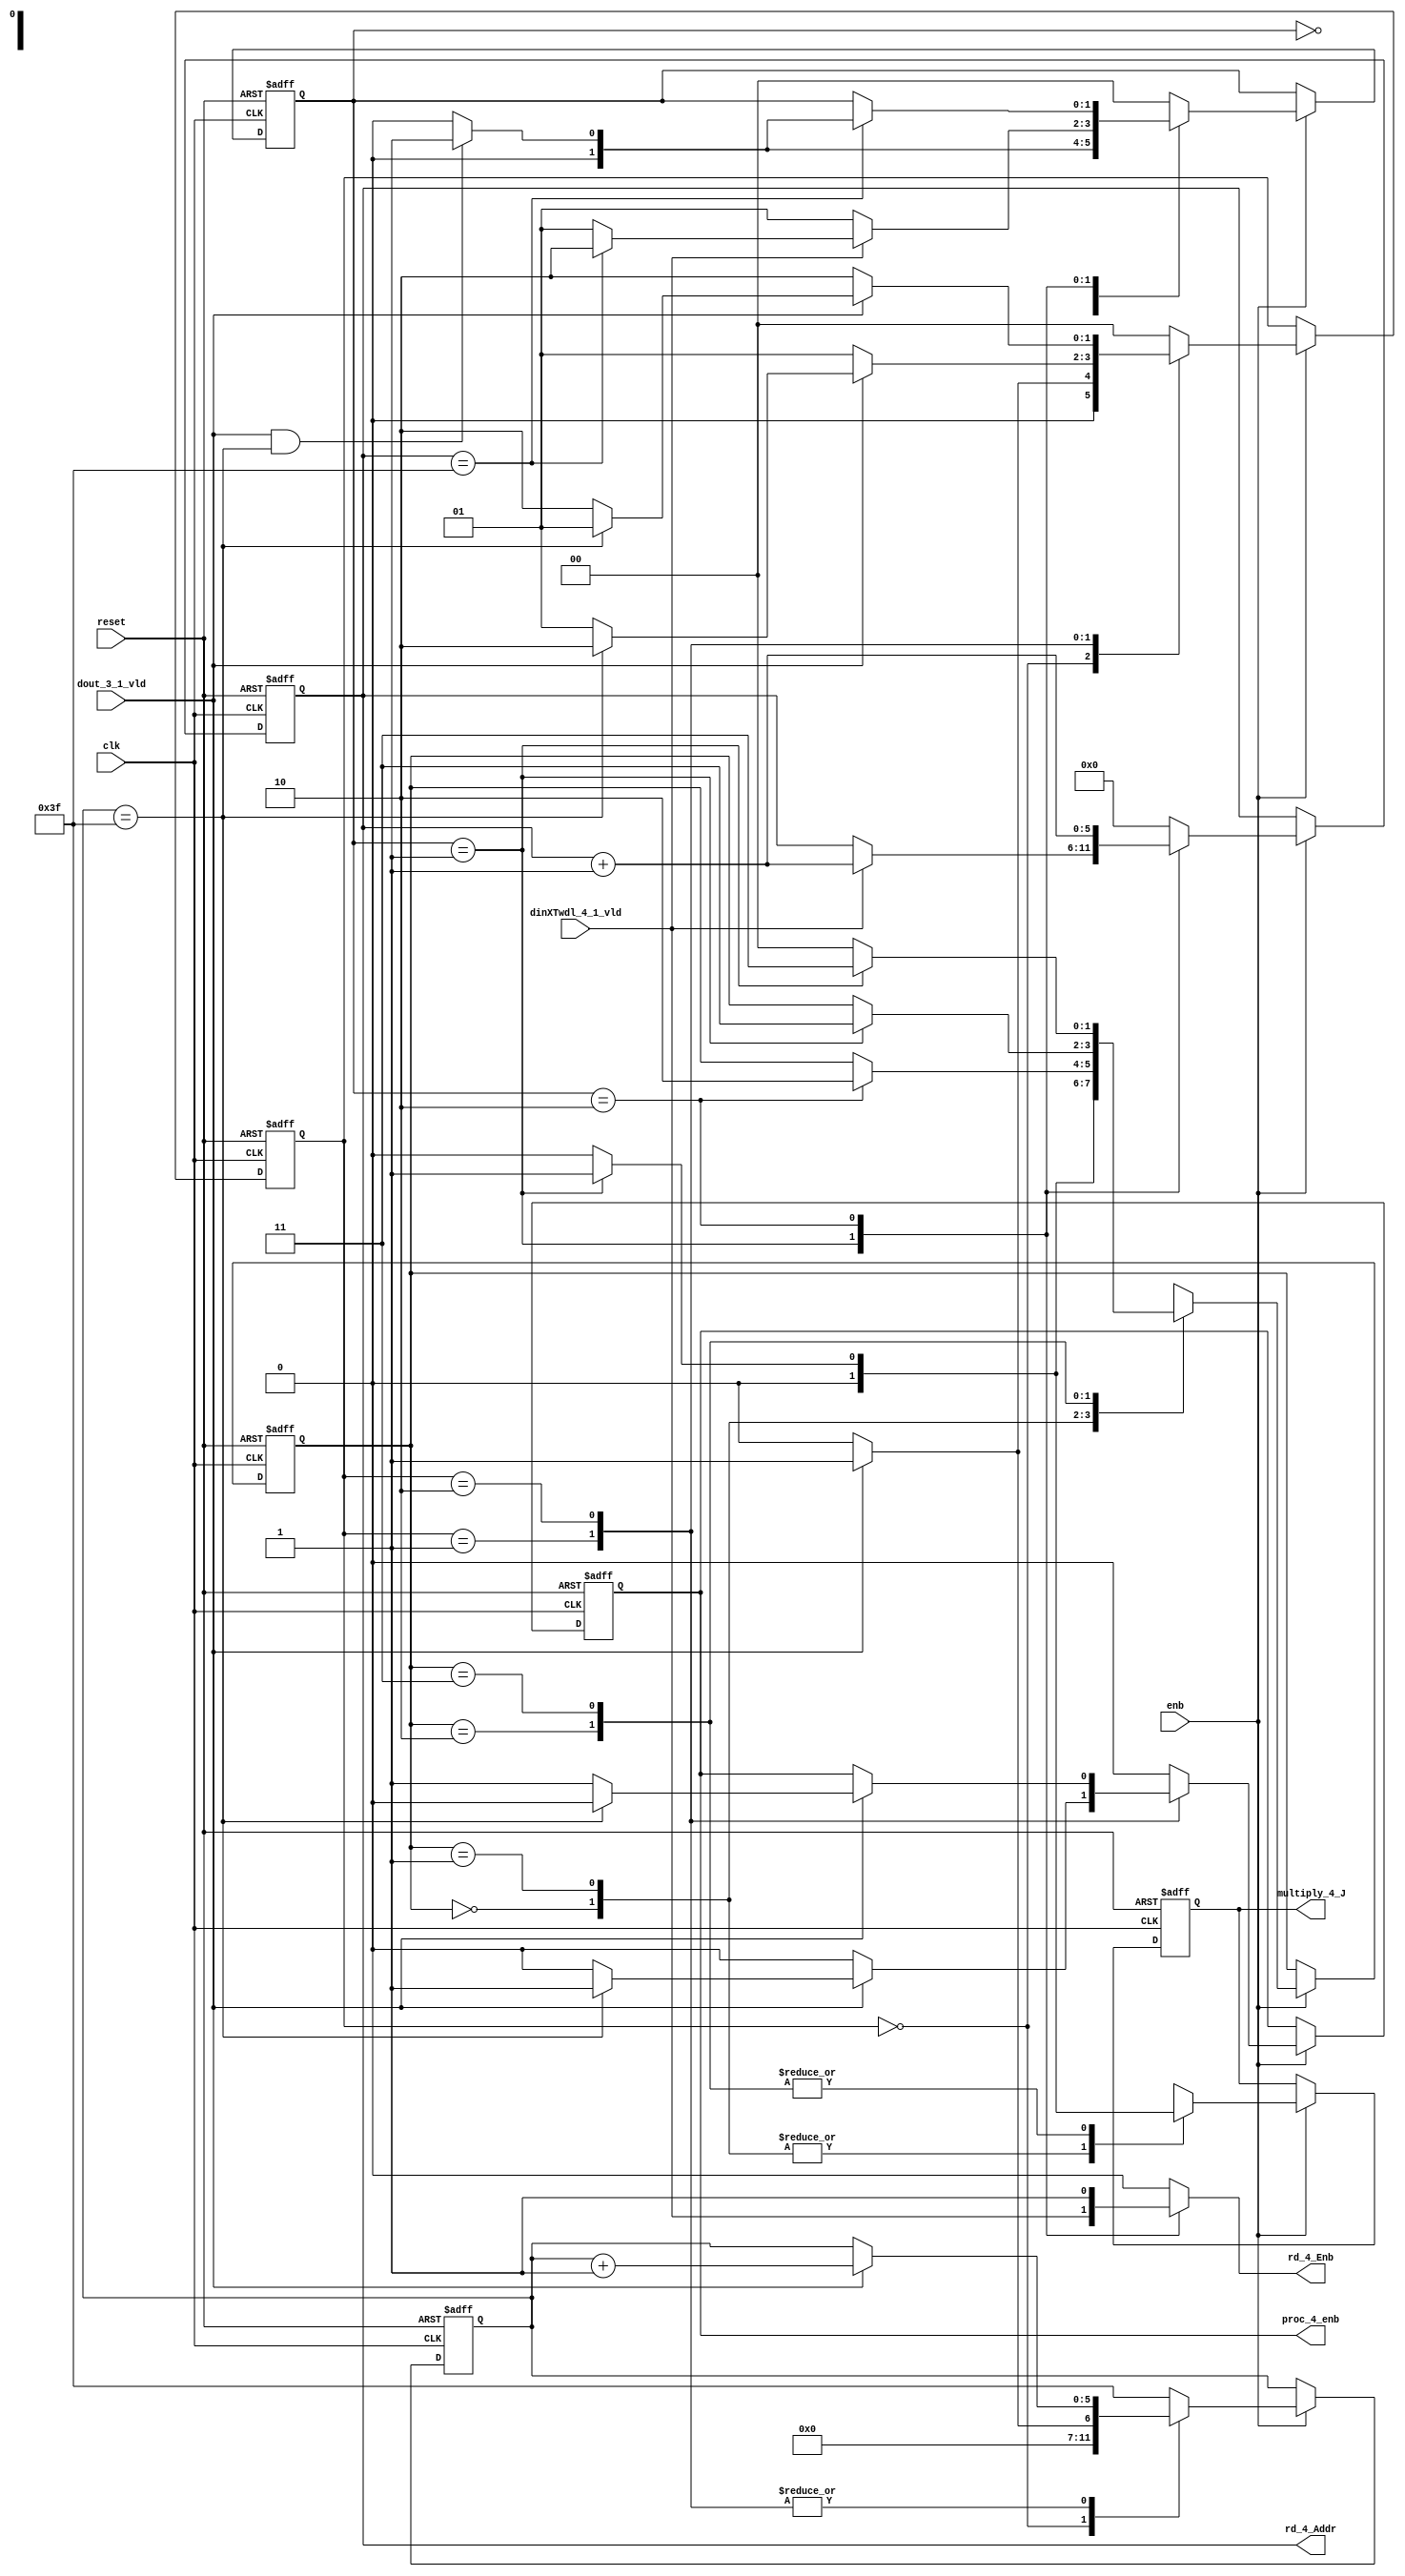
// -------------------------------------------------------------
// 
// 
// Generated by MATLAB 9.13 and HDL Coder 4.0
// 
// -------------------------------------------------------------


// -------------------------------------------------------------
// 
// Module: RADIX22FFT_CTRL1_4
// Source Path: tb_FFT/DUT/FFT/RADIX22FFT_CTRL1_4
// Hierarchy Level: 2
// 
// -------------------------------------------------------------

`timescale 1 ns / 1 ns

module RADIX22FFT_CTRL1_4
          (clk,
           reset,
           enb,
           dout_3_1_vld,
           dinXTwdl_4_1_vld,
           rd_4_Addr,
           rd_4_Enb,
           proc_4_enb,
           multiply_4_J);


  input   clk;
  input   reset;
  input   enb;
  input   dout_3_1_vld;
  input   dinXTwdl_4_1_vld;
  output  [5:0] rd_4_Addr;  // ufix6
  output  rd_4_Enb;
  output  proc_4_enb;
  output  multiply_4_J;


  reg [5:0] SDFController_wrCount;  // ufix6
  reg [1:0] SDFController_wrState;  // ufix2
  reg [1:0] SDFController_rdState;  // ufix2
  reg [5:0] SDFController_rdAddr_reg;  // ufix6
  reg  SDFController_procEnb_reg;
  reg [1:0] SDFController_multjState;  // ufix2
  reg  SDFController_multiply_J_reg;
  reg [5:0] SDFController_wrCount_next;  // ufix6
  reg [1:0] SDFController_wrState_next;  // ufix2
  reg [1:0] SDFController_rdState_next;  // ufix2
  reg [5:0] SDFController_rdAddr_reg_next;  // ufix6
  reg  SDFController_procEnb_reg_next;
  reg [1:0] SDFController_multjState_next;  // ufix2
  reg  SDFController_multiply_J_reg_next;
  reg [5:0] rd_4_Addr_1;  // ufix6
  reg  rd_4_Enb_1;
  reg  proc_4_enb_1;
  reg  multiply_4_J_1;


  // SDFController
  always @(posedge clk or posedge reset)
    begin : SDFController_process
      if (reset == 1'b1) begin
        SDFController_wrCount <= 6'b000000;
        SDFController_rdAddr_reg <= 6'b000000;
        SDFController_wrState <= 2'b00;
        SDFController_rdState <= 2'b00;
        SDFController_multjState <= 2'b00;
        SDFController_procEnb_reg <= 1'b0;
        SDFController_multiply_J_reg <= 1'b0;
      end
      else begin
        if (enb) begin
          SDFController_wrCount <= SDFController_wrCount_next;
          SDFController_wrState <= SDFController_wrState_next;
          SDFController_rdState <= SDFController_rdState_next;
          SDFController_rdAddr_reg <= SDFController_rdAddr_reg_next;
          SDFController_procEnb_reg <= SDFController_procEnb_reg_next;
          SDFController_multjState <= SDFController_multjState_next;
          SDFController_multiply_J_reg <= SDFController_multiply_J_reg_next;
        end
      end
    end

  always @(SDFController_multiply_J_reg, SDFController_multjState,
       SDFController_procEnb_reg, SDFController_rdAddr_reg,
       SDFController_rdState, SDFController_wrCount, SDFController_wrState,
       dinXTwdl_4_1_vld, dout_3_1_vld) begin
    SDFController_wrCount_next = SDFController_wrCount;
    SDFController_wrState_next = SDFController_wrState;
    SDFController_rdState_next = SDFController_rdState;
    SDFController_rdAddr_reg_next = SDFController_rdAddr_reg;
    SDFController_procEnb_reg_next = SDFController_procEnb_reg;
    SDFController_multjState_next = SDFController_multjState;
    SDFController_multiply_J_reg_next = SDFController_multiply_J_reg;
    case ( SDFController_multjState)
      2'b00 :
        begin
          SDFController_multjState_next = 2'b00;
          SDFController_multiply_J_reg_next = 1'b0;
          if (SDFController_rdState == 2'b01) begin
            SDFController_multjState_next = 2'b01;
          end
        end
      2'b01 :
        begin
          SDFController_multiply_J_reg_next = 1'b0;
          if (SDFController_rdState == 2'b10) begin
            SDFController_multjState_next = 2'b10;
          end
        end
      2'b10 :
        begin
          SDFController_multiply_J_reg_next = 1'b0;
          if (SDFController_rdState == 2'b01) begin
            SDFController_multjState_next = 2'b11;
            SDFController_multiply_J_reg_next = 1'b1;
          end
        end
      2'b11 :
        begin
          if (SDFController_rdState == 2'b01) begin
            SDFController_multjState_next = 2'b11;
            SDFController_multiply_J_reg_next = 1'b1;
          end
          else begin
            SDFController_multiply_J_reg_next = 1'b0;
            SDFController_multjState_next = 2'b00;
          end
        end
      default :
        begin
          SDFController_multjState_next = 2'b00;
          SDFController_multiply_J_reg_next = 1'b0;
        end
    endcase
    case ( SDFController_rdState)
      2'b00 :
        begin
          SDFController_rdState_next = 2'b00;
          SDFController_rdAddr_reg_next = 6'b000000;
          rd_4_Enb_1 = 1'b0;
          if (dout_3_1_vld && (SDFController_wrCount == 6'b111111)) begin
            SDFController_rdState_next = 2'b01;
          end
        end
      2'b01 :
        begin
          SDFController_rdState_next = 2'b01;
          rd_4_Enb_1 = dinXTwdl_4_1_vld;
          if (dinXTwdl_4_1_vld) begin
            if (SDFController_rdAddr_reg == 6'b111111) begin
              SDFController_rdState_next = 2'b10;
            end
            SDFController_rdAddr_reg_next = SDFController_rdAddr_reg + 6'b000001;
          end
        end
      2'b10 :
        begin
          rd_4_Enb_1 = 1'b1;
          if (SDFController_rdAddr_reg == 6'b111111) begin
            if (dout_3_1_vld && (SDFController_wrCount == 6'b111111)) begin
              SDFController_rdState_next = 2'b01;
            end
            else begin
              SDFController_rdState_next = 2'b00;
            end
          end
          SDFController_rdAddr_reg_next = SDFController_rdAddr_reg + 6'b000001;
        end
      default :
        begin
          SDFController_rdState_next = 2'b00;
          SDFController_rdAddr_reg_next = 6'b000000;
          rd_4_Enb_1 = 1'b0;
        end
    endcase
    case ( SDFController_wrState)
      2'b00 :
        begin
          SDFController_wrState_next = 2'b00;
          SDFController_wrCount_next = 6'b000000;
          SDFController_procEnb_reg_next = 1'b0;
          if (dout_3_1_vld) begin
            SDFController_wrState_next = 2'b01;
            SDFController_wrCount_next = 6'b000001;
          end
        end
      2'b01 :
        begin
          SDFController_wrState_next = 2'b01;
          SDFController_procEnb_reg_next = 1'b0;
          if (dout_3_1_vld) begin
            if (SDFController_wrCount == 6'b111111) begin
              SDFController_wrState_next = 2'b10;
              SDFController_procEnb_reg_next = 1'b1;
            end
            else begin
              SDFController_wrState_next = 2'b01;
            end
            SDFController_wrCount_next = SDFController_wrCount + 6'b000001;
          end
        end
      2'b10 :
        begin
          SDFController_wrState_next = 2'b10;
          if (dout_3_1_vld) begin
            if (SDFController_wrCount == 6'b111111) begin
              SDFController_wrState_next = 2'b01;
              SDFController_procEnb_reg_next = 1'b0;
            end
            else begin
              SDFController_wrState_next = 2'b10;
              SDFController_procEnb_reg_next = 1'b1;
            end
            SDFController_wrCount_next = SDFController_wrCount + 6'b000001;
          end
        end
      default :
        begin
          SDFController_wrState_next = 2'b00;
          SDFController_wrCount_next = 6'b111111;
          SDFController_procEnb_reg_next = 1'b0;
        end
    endcase
    rd_4_Addr_1 = SDFController_rdAddr_reg;
    proc_4_enb_1 = SDFController_procEnb_reg;
    multiply_4_J_1 = SDFController_multiply_J_reg;
  end



  assign rd_4_Addr = rd_4_Addr_1;

  assign rd_4_Enb = rd_4_Enb_1;

  assign proc_4_enb = proc_4_enb_1;

  assign multiply_4_J = multiply_4_J_1;

endmodule  // RADIX22FFT_CTRL1_4